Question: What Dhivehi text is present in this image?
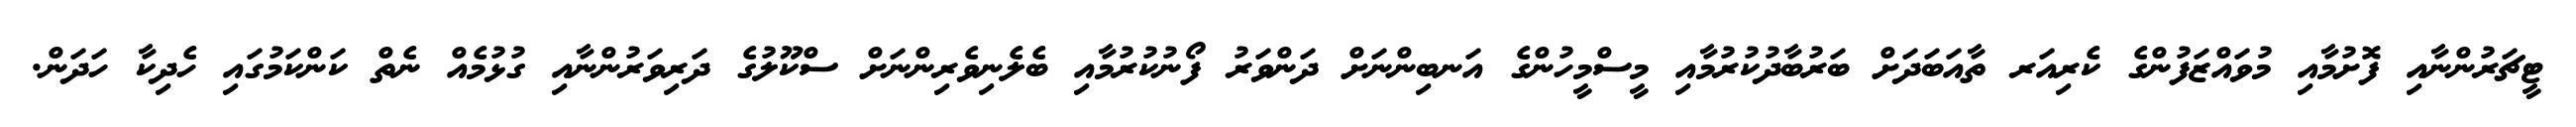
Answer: ޓީޗަރުންނާއި ފޮށުމާއި މުވައްޒަފުންގެ ކެރިއަރ ތާއަބަދަށް ބަރުބާދުކުރުމާއި މީސްމީހުންގެ އަނބިންނަށް ދަންވަރު ފޯނުކުރުމާއި ބެލެނިވެރިންނަށް ސްކޫލުގެ ދަރިވަރުންނާއި ގުޅުމެއް ނެތް ކަންކަމުގައި ހެދިކާ ހަދަން.